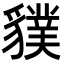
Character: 𧴌